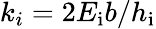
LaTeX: k_{i}=2E_{\mathrm{i}}b/h_{\mathrm{i}}